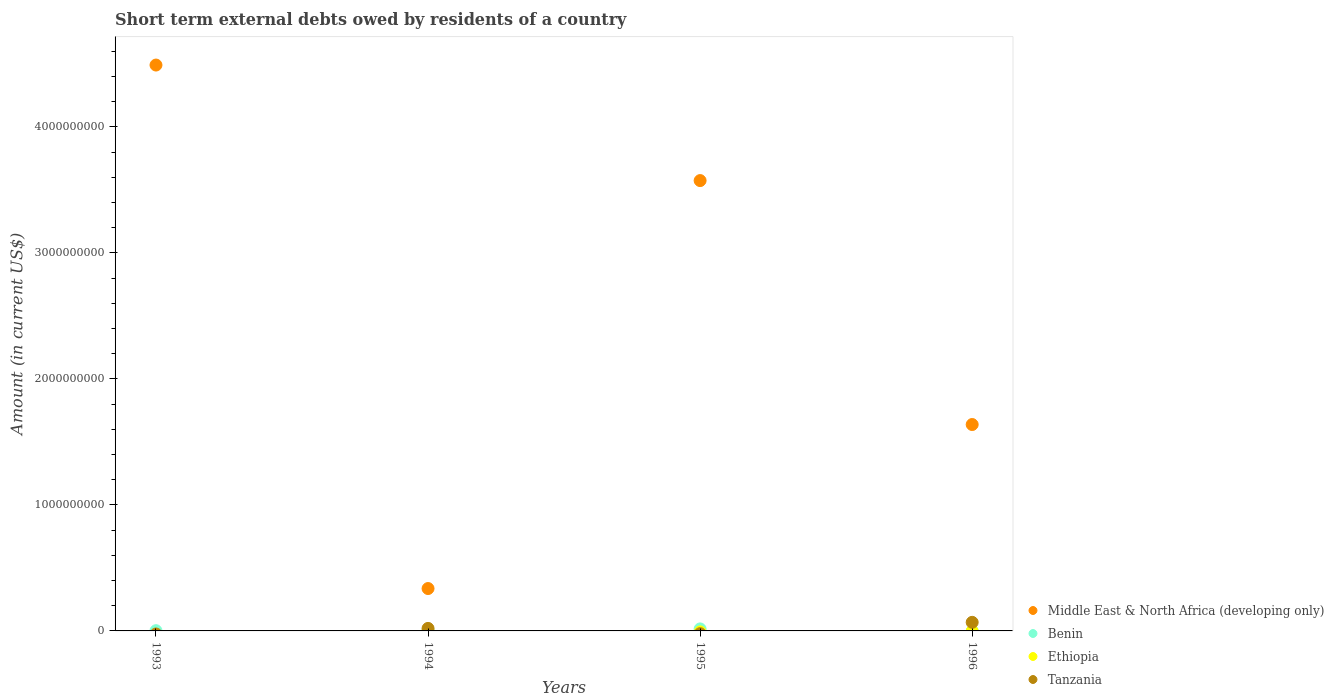
| Years | Middle East & North Africa (developing only) | Benin | Ethiopia | Tanzania |
 | --- | --- | --- | --- | --- |
 | 1993 | 4.49e+09 | 1.97e+06 | -2.92e+07 | -2.41e+07 |
 | 1994 | 3.36e+08 | 2.71e+06 | 2.3e+05 | 1.99e+07 |
 | 1995 | 3.57e+09 | 1.6e+07 | -7.56e+06 | -2.16e+07 |
 | 1996 | 1.64e+09 | -3.1e+05 | -2.1e+06 | 6.81e+07 |